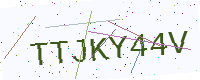
Text: TTJKY44V